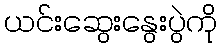
ယင်းဆွေးနွေးပွဲကို